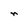
Character: n